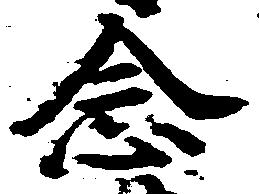
念